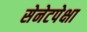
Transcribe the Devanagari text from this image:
सेनेटपेक्षा